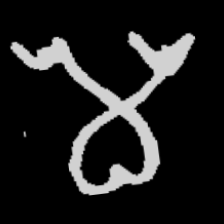
Pyu character \u2014 Myanmar letter: မ (romanized: ma)